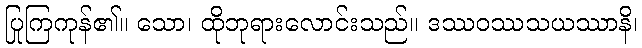
ပြုကြကုန်၏။ သော၊ ထိုဘုရားလောင်းသည်။ ဒဿဝဿသယဿာနိ၊